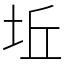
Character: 坵